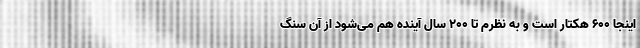
اینجا ۶۰۰ هکتار است و به نظرم تا ۲۰۰ سال آینده هم می‌شود از آن سنگ